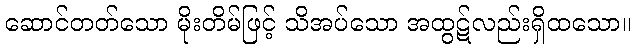
ဆောင်တတ်သော မိုးတိမ်ဖြင့် သိအပ်သော အထွဋ်လည်းရှိထသော။